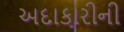
અદાકારીની